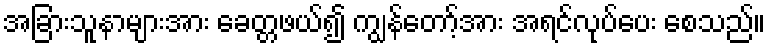
အခြားသူနာများအား ခေတ္တဖယ်၍ ကျွန်တော့်အား အရင်လုပ်ပေး စေသည်။